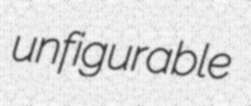
unfigurable